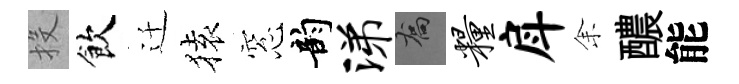
投飲迁𫞤窓韵涕喬粮戽𪜬醲能